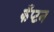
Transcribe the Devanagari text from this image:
कँप्टन